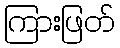
ကြားဖြတ်